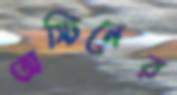
অস্টিনের